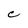
Character: C